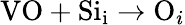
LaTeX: \mathrm{VO}+\mathrm{Si}_{\mathrm{i}}\to\mathrm{O}_{i}